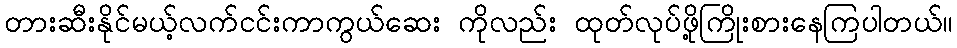
တားဆီးနိုင်မယ့်လက်ငင်းကာကွယ်ဆေး ကိုလည်း ထုတ်လုပ်ဖို့ကြိုးစားနေကြပါတယ်။